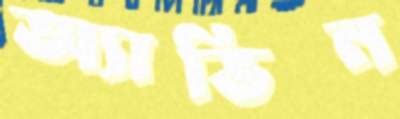
অ্যাভিন